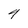
Character: 4